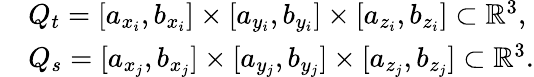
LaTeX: \begin{array}{rl}&{Q_{t}=[a_{x_{i}},b_{x_{i}}]\times[a_{y_{i}},b_{y_{i}}]\times[a_{z_{i}},b_{z_{i}}]\subset\mathbb{R}^{3},}\\ &{Q_{s}=[a_{x_{j}},b_{x_{j}}]\times[a_{y_{j}},b_{y_{j}}]\times[a_{z_{j}},b_{z_{j}}]\subset\mathbb{R}^{3}.}\end{array}